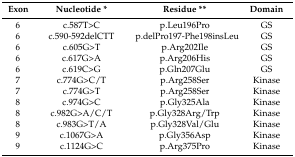
<table><thead><tr><td><b>Exon</b></td><td><b>Nucleotide *</b></td><td><b>Residue **</b></td><td><b>Domain</b></td></tr></thead><tbody><tr><td>6</td><td>c.587T&gt;C</td><td>p.Leu196Pro</td><td>GS</td></tr><tr><td>6</td><td>c.590-592delCTT</td><td>p.delPro197-Phe198insLeu</td><td>GS</td></tr><tr><td>6</td><td>c.605G&gt;T</td><td>p.Arg202Ile</td><td>GS</td></tr><tr><td>6</td><td>c.617G&gt;A</td><td>p.Arg206His</td><td>GS</td></tr><tr><td>6</td><td>c.619C&gt;G</td><td>p.Gln207Glu</td><td>GS</td></tr><tr><td>7</td><td>c.774G&gt;C/T</td><td>p.Arg258Ser</td><td>Kinase</td></tr><tr><td>7</td><td>c.774G&gt;T</td><td>p.Arg258Ser</td><td>Kinase</td></tr><tr><td>8</td><td>c.974G&gt;C</td><td>p.Gly325Ala</td><td>Kinase</td></tr><tr><td>8</td><td>c.982G&gt;A/C/T</td><td>p.Gly328Arg/Trp</td><td>Kinase</td></tr><tr><td>8</td><td>c.983G&gt;T/A</td><td>p.Gly328Val/Glu</td><td>Kinase</td></tr><tr><td>9</td><td>c.1067G&gt;A</td><td>p.Gly356Asp</td><td>Kinase</td></tr><tr><td>9</td><td>c.1124G&gt;C</td><td>p.Arg375Pro</td><td>Kinase</td></tr></tbody></table>